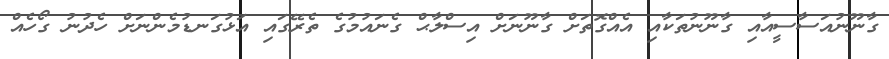
ގާނޫނުއަސާސީއާއި ގާނޫނުތަކާއި އެއްގޮތަށް ގާނޫނަށް އިސްލާޙް ގެނައުމުގެ ތެރޭގައި އަޅުގަނޑުމެންނަށް ހެދުނު ގޯހެއް